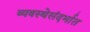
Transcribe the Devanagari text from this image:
व्यवस्थेसंदर्भात